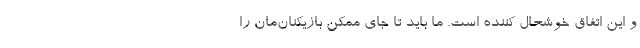
و این اتفاق خوشحال کننده است. ما باید تا جای ممکن بازیکنان‌مان را